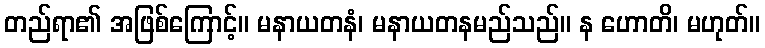
တည်ရာ၏ အဖြစ်ကြောင့်။ မနာယတနံ၊ မနာယတနမည်သည်။ န ဟောတိ၊ မဟုတ်။